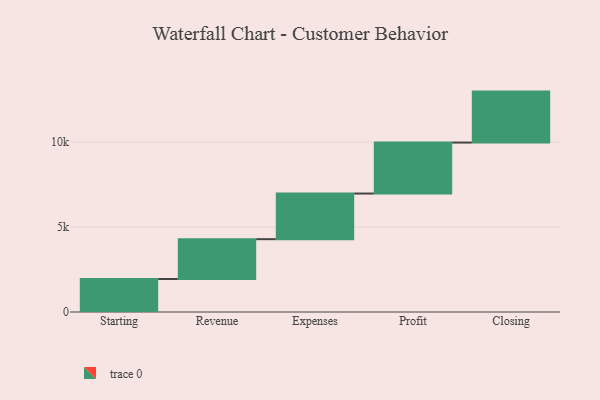
{"axis": {"x": "Step", "y": "Value"}, "legend": [""], "data": [{"x": "Starting", "y": 1942.0, "type": ""}, {"x": "Revenue", "y": 2344.0, "type": ""}, {"x": "Expenses", "y": 2686.0, "type": ""}, {"x": "Profit", "y": 3000, "type": ""}, {"x": "Closing", "y": 3000, "type": ""}]}